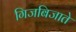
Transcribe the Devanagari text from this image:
गिजबिजाते